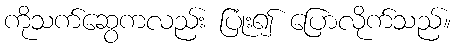
ကိုသက်ဆွေကလည်း ပြုံး၍ ပြောလိုက်သည်။